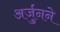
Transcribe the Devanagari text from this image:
अर्जुनने